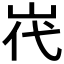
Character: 𮱧